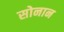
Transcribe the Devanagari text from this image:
सोनान